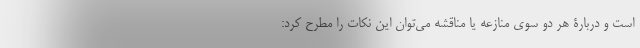
است و دربارۀ هر دو سوی منازعه یا مناقشه می‌توان این نکات را مطرح کرد: